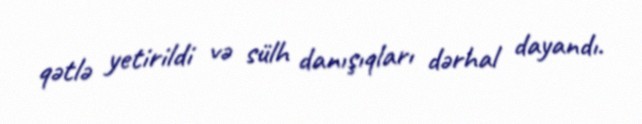
qətlə yetirildi və sülh danışıqları dərhal dayandı.